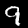
Label: 9